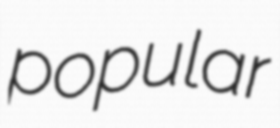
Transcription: popular